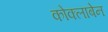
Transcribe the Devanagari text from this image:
कोक्लाबेन